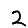
Digit: 2